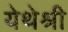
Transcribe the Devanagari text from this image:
येथेश्री